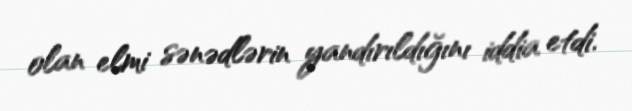
olan elmi sənədlərin yandırıldığını iddia etdi.